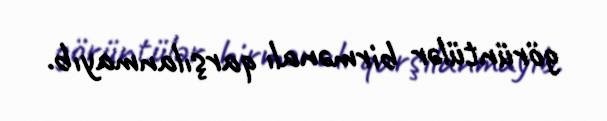
görüntülər birmənalı qarşılanmayıb.